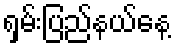
ရှမ်းပြည်နယ်နေ့